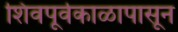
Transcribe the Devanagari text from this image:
शिवपूर्वकाळापासून